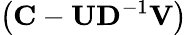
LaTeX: \left(\mathbf{C}-\mathbf{U}\mathbf{D}^{-1}\mathbf{V}\right)